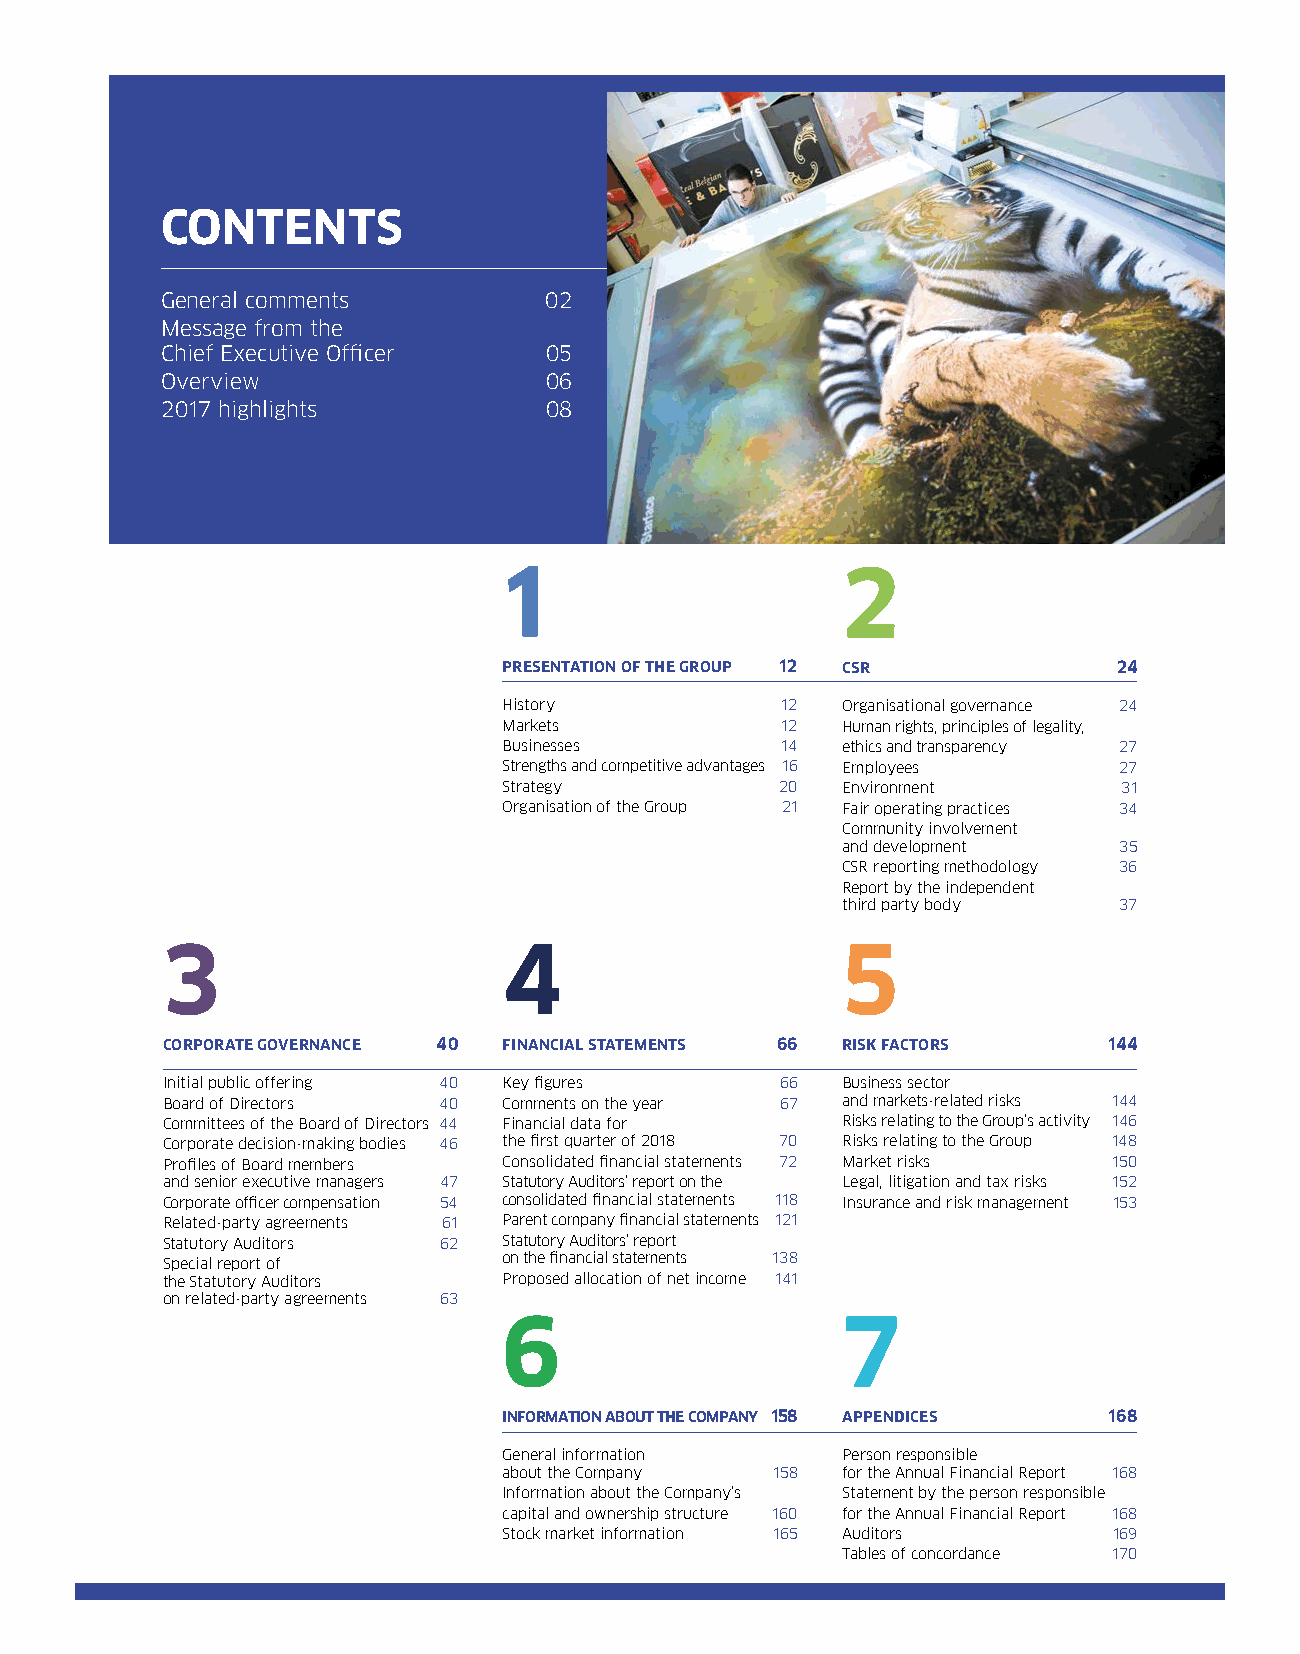
CONTENTS
 General comments         02
 Message from the
 Chief Executive Officer  05
 Overview                 06
 2017 highlights          08
 1                      2
 PRESENTATION OF THE GROUP 12 CSR         24
 History            12  Organisational governance 24
 Markets            12  Human rights, principles of legality,
 Businesses         14  ethics and transparency 27
 Strengths and competitive advantages 16 Employees 27
 Strategy           20  Environment       31
 Organisation of the Group 21 Fair operating practices 34
 Community involvement
 and development   35
 CSR reporting methodology 36
 Report by the independent
 third party body  37
 3                     4                      5
 CORPORATE GOVERNANCE 40 FINANCIAL STATEMENTS 66 RISK FACTORS  144
 Initial public offering 40 Key figures   66  Business sector
 Board of Directors 40 Comments on the year 67 and markets-related risks 144
 Committees of the Board of Directors 44 Financial data for Risks relating to the Group’s activity 146
 Corporate decision-making bodies 46 the first quarter of 2018 70 Risks relating to the Group 148
 Profiles of Board members Consolidated financial statements 72 Market risks 150
 and senior executive managers 47 Statutory Auditors’ report on the Legal, litigation and tax risks 152
 Corporate officer compensation 54 consolidated financial statements 118 Insurance and risk management 153
 Related-party agreements 61 Parent company financial statements 121
 Statutory Auditors 62 Statutory Auditors’ report
 Special report of     on the financial statements 138
 the Statutory Auditors Proposed allocation of net income 141
 on related-party agreements 63
 6                      7
 INFORMATION ABOUT THE COMPANY 158 APPENDICES 168
 General information    Person responsible
 about the Company 158  for the Annual Financial Report 168
 Information about the Company’s Statement by the person responsible
 capital and ownership structure 160 for the Annual Financial Report 168
 Stock market information 165 Auditors    169
 Tables of concordance 170